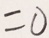
= 0